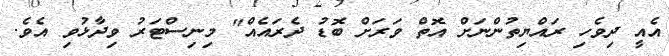
އެއީ ދިވެހި ރައްޔިތުންނަށް އޮތް ވަރަށް ބޮޑު ދެރައެއް" މިނިސްޓަރު ވިދާޅުވި އެވެ.